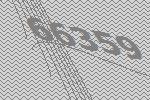
66359